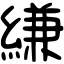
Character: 縑